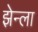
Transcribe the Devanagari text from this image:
झेन्ला